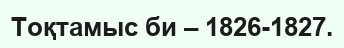
Тоқтамыс би – 1826-1827.